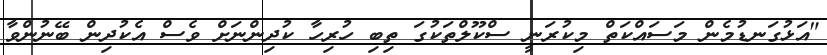
"އަޅުގަނޑުމެން މަސައްކަތް މިކުރަނީ ސްކޫލްތަކުގަ ތިބި ހުރިހާ ކުދިންނަށް ވެސް އެކުދިން ބޭނުންވާ